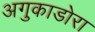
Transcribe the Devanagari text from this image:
अगुकाडोरा